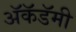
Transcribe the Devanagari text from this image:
अॅकॅडॅमी